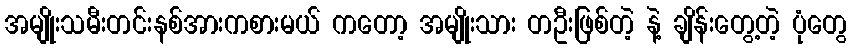
အမျိုးသမီးတင်းနစ်အားကစားမယ် ကတော့ အမျိုးသား တဦးဖြစ်တဲ့ နဲ့ ချိန်းတွေ့တဲ့ ပုံတွေ